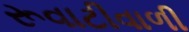
રૂવાટીવાળી